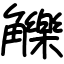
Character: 觻